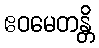
ဧဝမေတန္တိ